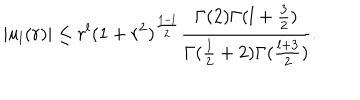
LaTeX: \vert u _ { l } ( r ) \vert \leq r ^ { l } ( 1 + r ^ { 2 } ) ^ { { \frac { 1 - l } { 2 } } } { \frac { \Gamma ( 2 ) \Gamma ( l + { \frac { 3 } { 2 } } ) } { \Gamma ( { \frac { l } { 2 } } + 2 ) \Gamma ( { \frac { l + 3 } { 2 } } ) } } .